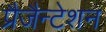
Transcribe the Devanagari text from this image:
प्रैजैन्टेशन